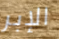
الإبر